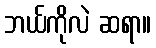
ဘယ်ကိုလဲ ဆရာ။